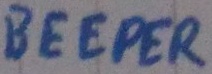
Text: BEEPER